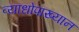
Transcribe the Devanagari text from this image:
व्याधोपाख्यान